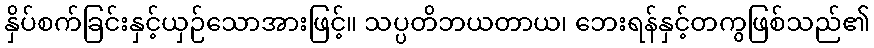
နှိပ်စက်ခြင်းနှင့်ယှဉ်သောအားဖြင့်။ သပ္ပတိဘယတာယ၊ ဘေးရန်နှင့်တကွဖြစ်သည်၏